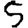
Digit: 5